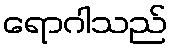
ရောဂါသည်